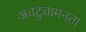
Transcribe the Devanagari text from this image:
अवटुवामनता